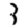
Digit: 3